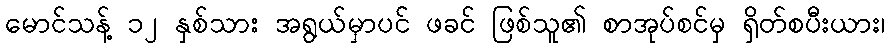
မောင်သန့် ၁၂ နှစ်သား အရွယ်မှာပင် ဖခင် ဖြစ်သူ၏ စာအုပ်စင်မှ ရှိတ်စပီးယား၊